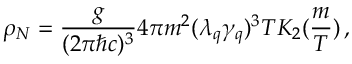
\rho _ { N } = \frac { g } { ( 2 \pi \hbar c ) ^ { 3 } } 4 \pi m ^ { 2 } ( \lambda _ { q } \gamma _ { q } ) ^ { 3 } T K _ { 2 } ( \frac { m } { T } ) \, ,